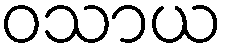
ဝသာယ